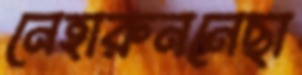
নেহারুননেছা